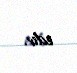
edir.